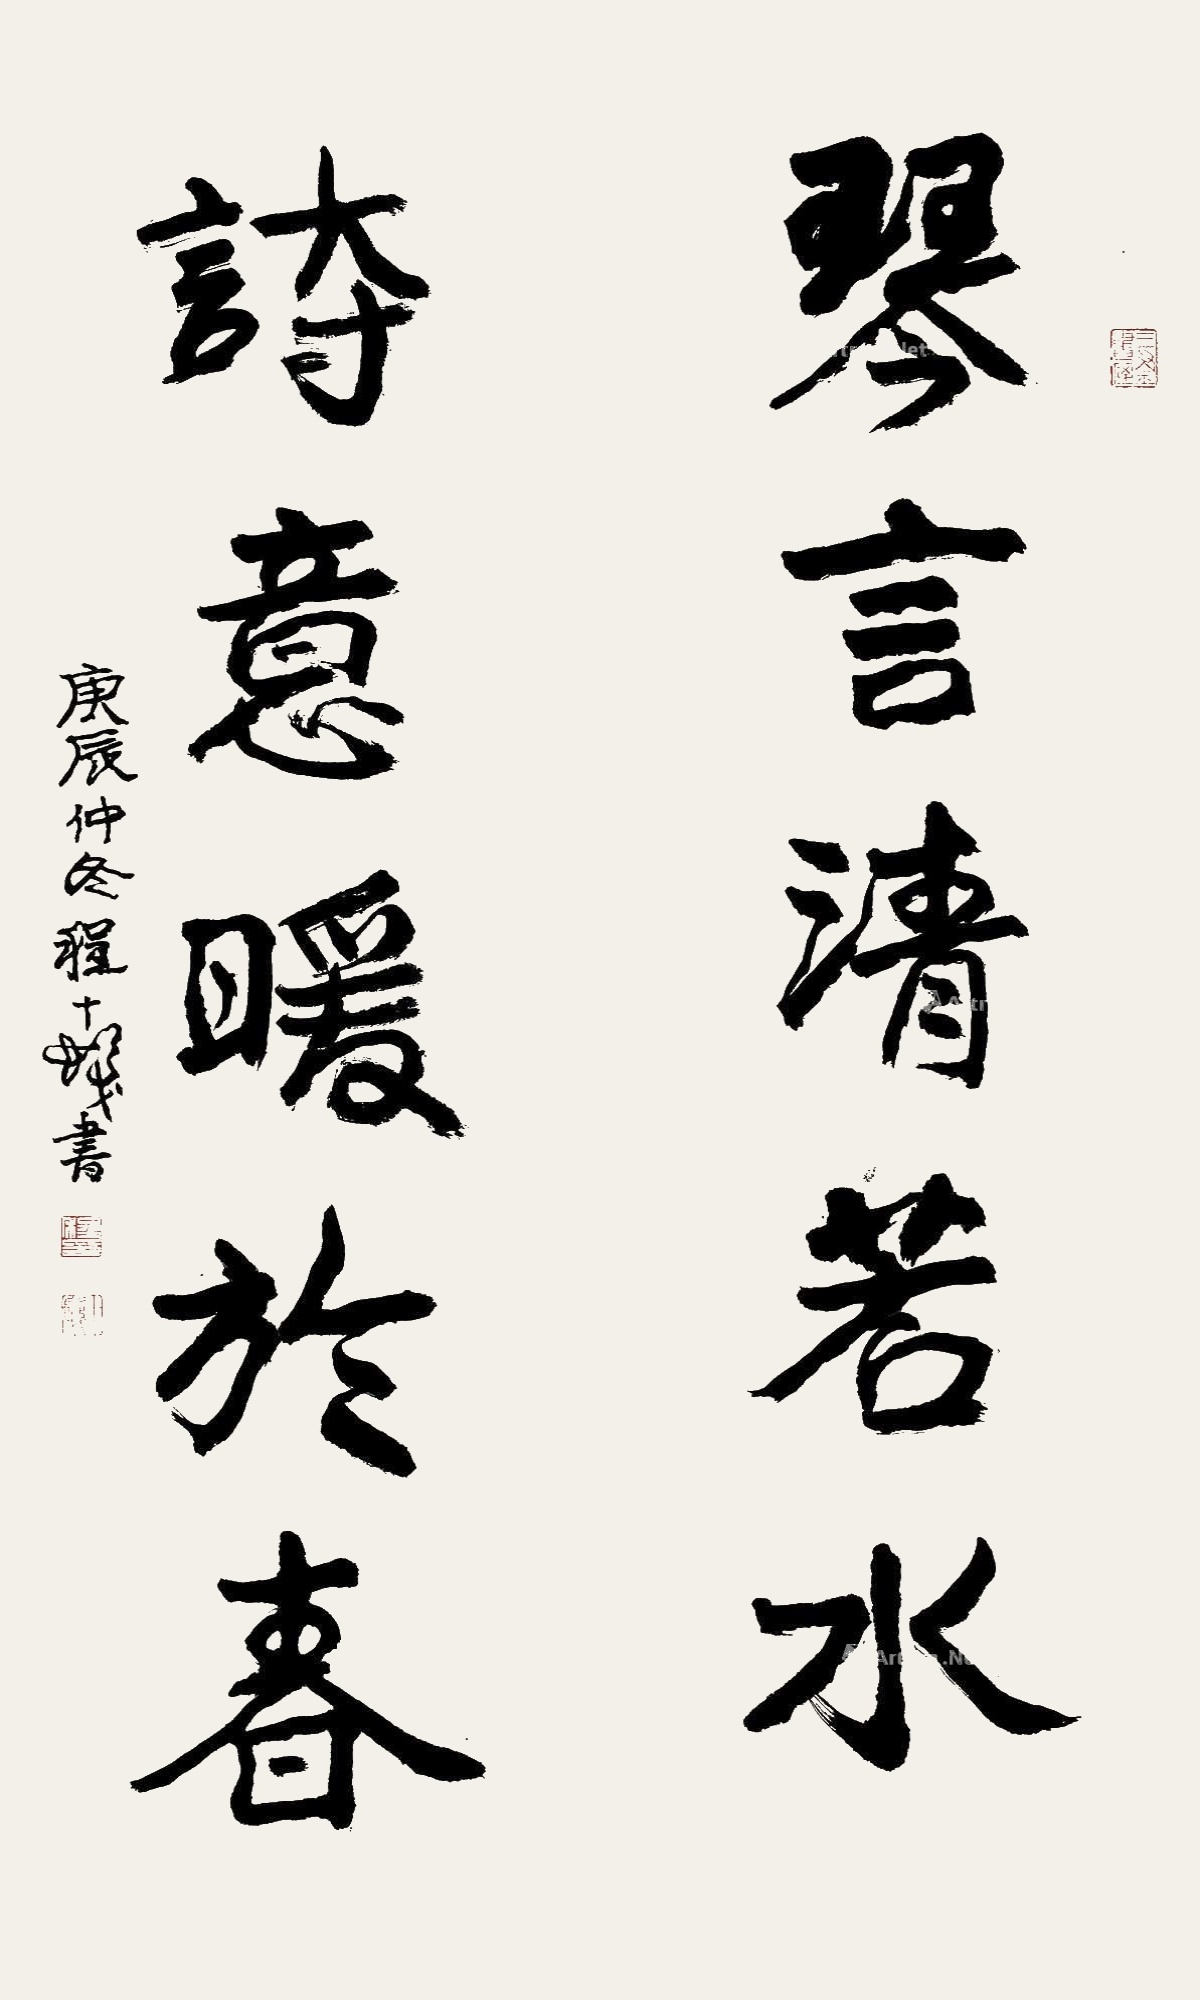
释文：琴言清若水，诗意暖于春。庚辰仲冬，程十发书。